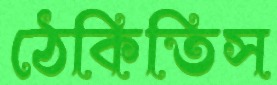
ঠেকিতিস